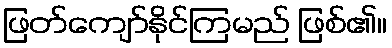
ဖြတ်ကျော်နိုင်ကြမည် ဖြစ်၏။